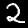
Label: 2